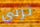
ترني